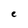
Character: e